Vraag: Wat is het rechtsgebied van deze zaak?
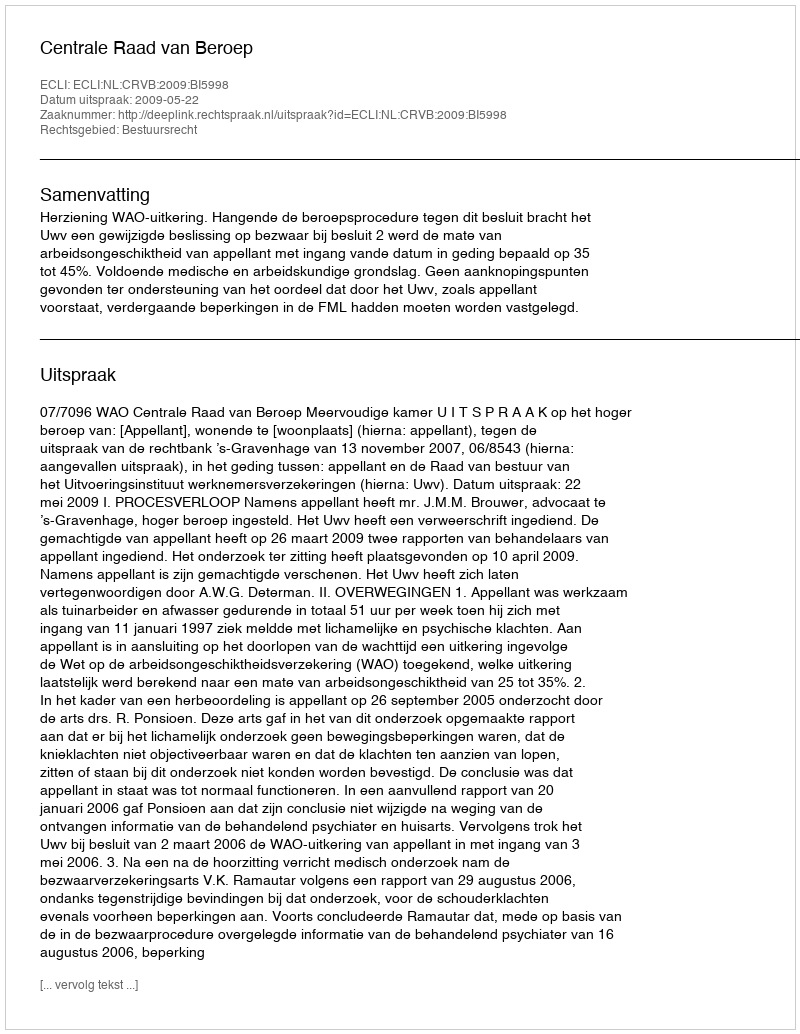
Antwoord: Bestuursrecht